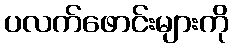
ပလက်ဖောင်းများကို